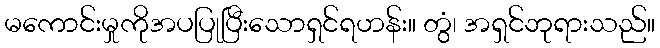
မကောင်းမှုကိုအပပြုပြီးသောရှင်ရဟန်း။ တွံ၊ အရှင်ဘုရားသည်။